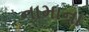
નામાના